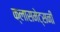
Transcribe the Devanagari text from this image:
क्लासमेट्सनी